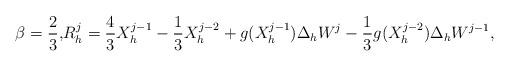
LaTeX: \begin{align*} \beta = \frac{2}{3}, & R_h^j = \frac{4}{3} X_h^{j-1} - \frac{1}{3} X_h^{j-2} + g(X_h^{j-1}) \Delta_h W^j - \frac{1}{3} g(X_h^{j-2}) \Delta_h W^{j-1},\end{align*}